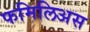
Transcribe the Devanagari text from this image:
फमिलिअस